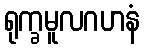
ရုက္ခမူလဂဟနံ